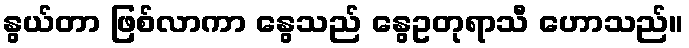
နွယ်တာ ဖြစ်လာကာ နွေသည် နွေဥတုရာသီ ဟောသည်။